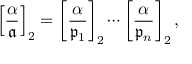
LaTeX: \left[ { \frac { \alpha } { \mathfrak { a } } } \right] _ { 2 } = \left[ { \frac { \alpha } { { \mathfrak { p } } _ { 1 } } } \right] _ { 2 } \cdots \left[ { \frac { \alpha } { { \mathfrak { p } } _ { n } } } \right] _ { 2 } ,